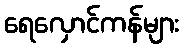
ရေလှောင်ကန်များ